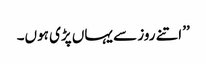
’’اتنے روز سے یہاں پڑی ہوں۔